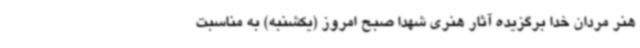
هنر مردان خدا برگزیده آثار هنری شهدا صبح امروز (یکشنبه) به مناسبت